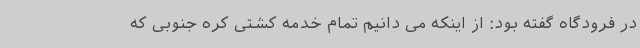
در فرودگاه گفته بود: از اینکه می دانیم تمام خدمه کشتی کره جنوبی که